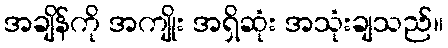
အချိန်ကို အကျိုး အရှိဆုံး အသုံးချသည်။